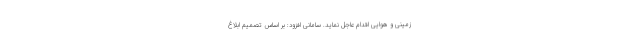
زمینی و هوایی اقدام عاجل نماید. سامانی افزود: بر اساس تصمیم ابلاغ